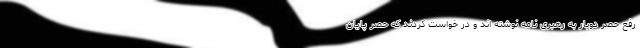
رفع حصر دوبار به رهبری نامه نوشته اند و در خواست کردند که حصر پایان